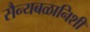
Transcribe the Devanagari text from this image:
सैन्यबळानिशी